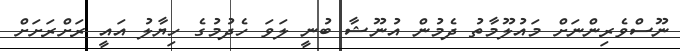
ނޫސްވެރިންނަށް މައުލޫމާތު ދެމުން އުނޫޝާ ބުނީ ލަވަ ހެދުމުގެ ހިޔާލު އައީ ރަށްރަށަށް